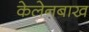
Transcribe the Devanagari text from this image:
केलेनबाख